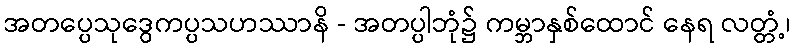
အတပ္ပေသုဒွေကပ္ပသဟဿာနိ - အတပ္ပါဘုံ၌ ကမ္ဘာနှစ်ထောင် နေရ လတ္တံ့၊